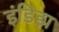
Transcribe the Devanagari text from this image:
इंडिझ